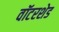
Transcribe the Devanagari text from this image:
वॉटरशेड